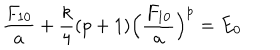
LaTeX: \frac { F _ { 1 0 } } { a } + \frac { k } { 4 } ( p + 1 ) \Bigl ( \frac { F _ { 1 0 } } { a } \Bigr ) ^ { p } = E _ { 0 }